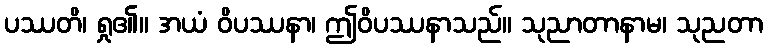
ပဿတိ၊ ရှု၏။ အယံ ဝိပဿနာ၊ ဤဝိပဿနာသည်။ သုညာတာနာမ၊ သုညတာ